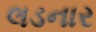
લડનાર